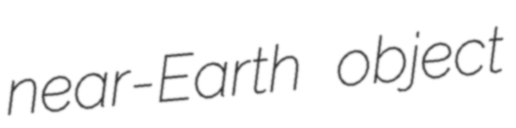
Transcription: near-Earth object